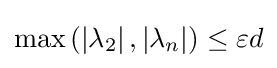
\max \left(\left|\lambda _{2}\right|,\left|\lambda _{n}\right|\right)\leq \varepsilon d